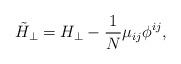
LaTeX: \begin{align*}\tilde{H}_{\perp }=H_{\perp }-\frac{1}{N}\mu _{ij}\phi ^{ij},\end{align*}